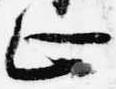
止